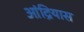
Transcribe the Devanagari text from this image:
आंद्रियास